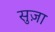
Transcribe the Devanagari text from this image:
सुज़ा